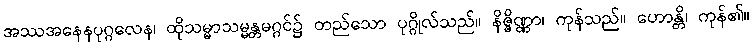
အဿအနေနပုဂ္ဂလေန၊ ထိုသမ္မာသမ္မန္တမဂ္ဂင်၌ တည်သော ပုဂ္ဂိုလ်သည်။ နိဇ္ဇိဏ္ဏာ၊ ကုန်သည်။ ဟောန္တိ၊ ကုန်၏။